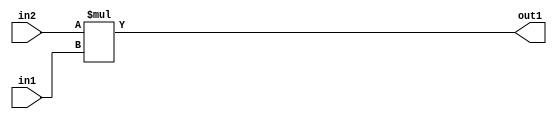
`timescale 1ps / 1ps
/*****************************************************************************
    Verilog RTL Description
    
    
    Created by: Stratus DpOpt 21.05.01 
*******************************************************************************/

module SobelFilter_Mul_32Sx3U_32S_1 (
	in2,
	in1,
	out1
	); /* architecture "behavioural" */ 
input [31:0] in2;
input [2:0] in1;
output [31:0] out1;
wire [31:0] asc001;

assign asc001 = 
	+(in2 * in1);

assign out1 = asc001;
endmodule

/* CADENCE  ubD3SQ0= : u9/ySxbfrwZIxEzHVQQV8Q== ** DO NOT EDIT THIS LINE ******/